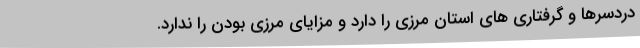
دردسرها و گرفتاری های استان مرزی را دارد و مزایای مرزی بودن را ندارد.